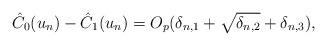
LaTeX: \begin{align*} \hat{C}_0(u_n)-\hat{C}_1(u_n)=O_p(\delta_{n, 1}+\sqrt{\delta_{n,2}}+\delta_{n, 3}),\end{align*}